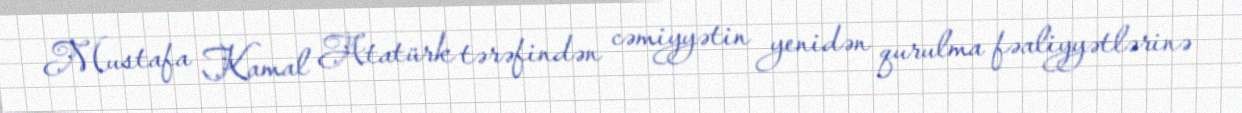
Mustafa Kamal Atatürk tərəfindən cəmiyyətin yenidən qurulma fəaliyyətlərinə